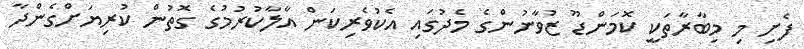
ފެށި މި މިބާރާތަކީ ކޮމަންޑޫ ޒުވާނުންގެ މެދުގައި އެކުވެރިކަން އާލާކުރުމުގެ ގޮތުން ކުރިޔަށްގެންދާ